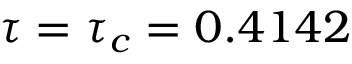
\tau = \tau _ { c } = 0 . 4 1 4 2